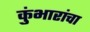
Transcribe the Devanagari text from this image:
कुंभारांचा